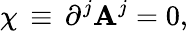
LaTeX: \chi\, \equiv\, \partial^{j}\mathbf{A}^{j}=0,